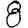
Digit: 8